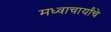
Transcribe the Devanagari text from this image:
मध्वाचार्यांचे